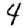
Digit: 4